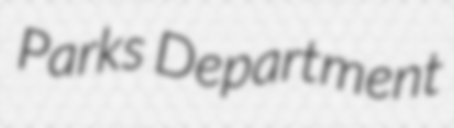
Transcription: Parks Department